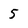
Character: 5